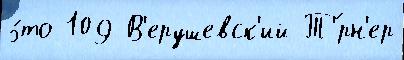
э́то 109 В'ерушевск'ий Т'́рн'ер